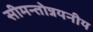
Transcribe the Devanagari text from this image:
सीमन्तोन्नयनीय